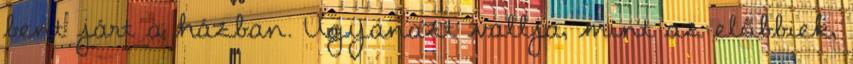
bent járt a házban. Ugyanazt vallja, mint az előbbiek,